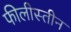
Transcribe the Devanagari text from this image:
फीलीस्तीन